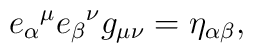
{e_\alpha}^\mu {e_\beta}^\nu g_{\mu \nu} = \eta_{\alpha \beta},